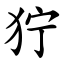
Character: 狞